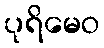
ပုရိမေဝ